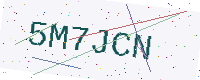
Text: 5M7JCN